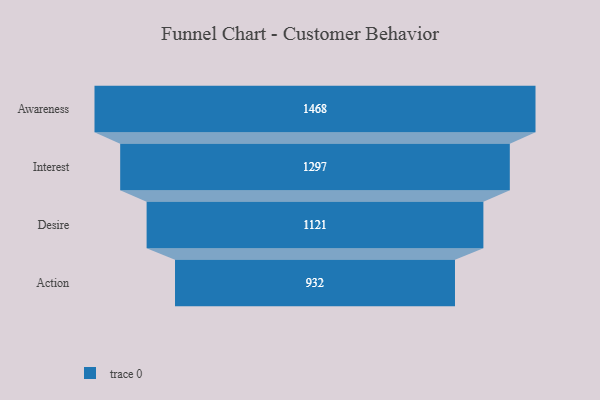
{"axis": {"x": "Stage", "y": "Value"}, "legend": [""], "data": [{"x": "Awareness", "y": 1468.0, "type": ""}, {"x": "Interest", "y": 1297.0, "type": ""}, {"x": "Desire", "y": 1121.0, "type": ""}, {"x": "Action", "y": 932.0, "type": ""}]}